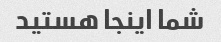
شما اینجا هستید